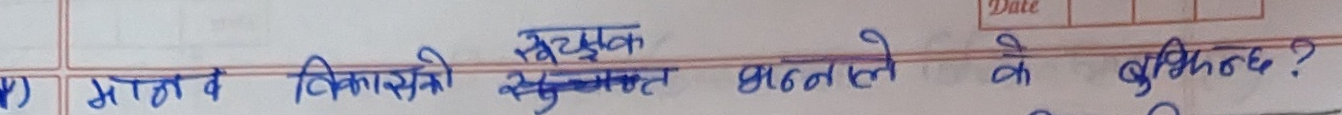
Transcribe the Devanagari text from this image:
मानव विकासको मुख्य घटक कुन कुन हुन ?